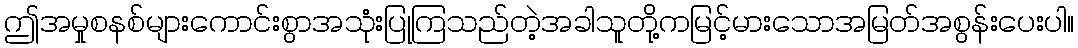
ဤအမှုစနစ်များကောင်းစွာအသုံးပြုကြသည်တဲ့အခါသူတို့ကမြင့်မားသောအမြတ်အစွန်းပေးပါ။